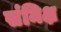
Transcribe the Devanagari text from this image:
संमिक्ष